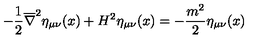
- \frac { 1 } { 2 } \overline { { \nabla } } ^ { 2 } \eta _ { \mu \nu } ( x ) + H ^ { 2 } \eta _ { \mu \nu } ( x ) = - \frac { m ^ { 2 } } { 2 } \eta _ { \mu \nu } ( x )